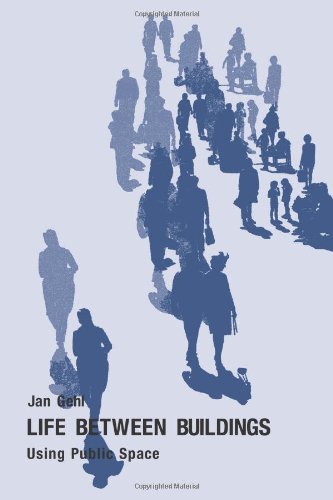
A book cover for Life Between Buildings: Using Public Space; Jan Gehl; Arts & Photography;